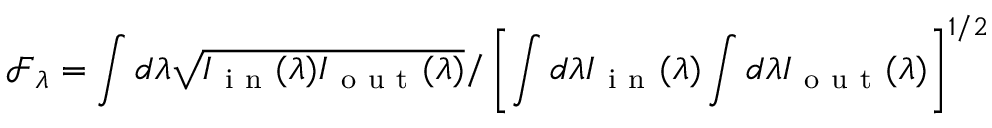
\mathcal { F } _ { \lambda } = \int d \lambda \sqrt { I _ { \mathrm { ~ i ~ n ~ } } ( \lambda ) I _ { \mathrm { ~ o ~ u ~ t ~ } } ( \lambda ) } / \left[ \int d \lambda I _ { \mathrm { ~ i ~ n ~ } } ( \lambda ) \int d \lambda I _ { \mathrm { ~ o ~ u ~ t ~ } } ( \lambda ) \right] ^ { 1 / 2 }